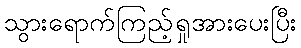
သွားရောက်ကြည့်ရှုအားပေးပြီး